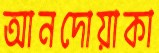
আনদোয়াকা